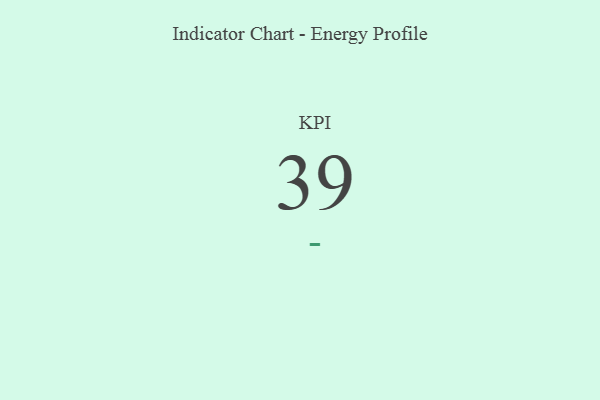
{"axis": {"x": "KPI", "y": "Value"}, "legend": [""], "data": [{"x": "KPI", "y": 39, "type": ""}]}